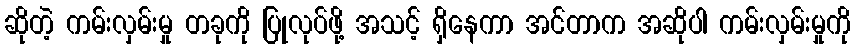
ဆိုတဲ့ ကမ်းလှမ်းမှု တခုကို ပြုလုပ်ဖို့ အသင့် ရှိနေကာ အင်တာက အဆိုပါ ကမ်းလှမ်းမှုကို